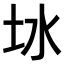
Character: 𪢿